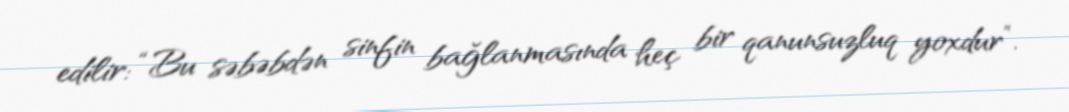
edilir: “Bu səbəbdən sinfin bağlanmasında heç bir qanunsuzluq yoxdur”.